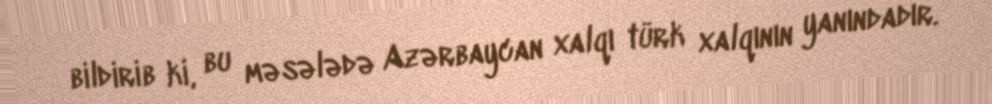
bildirib ki, bu məsələdə Azərbaycan xalqı türk xalqının yanındadır.